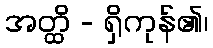
အတ္ထိ - ရှိကုန်၏၊